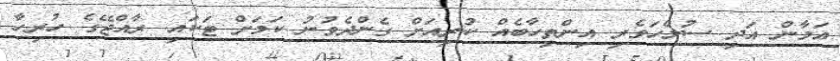
އަމާން އަދި ސުލްހަވެރި އިންތިހާބެއް ކުރިއަށް ގެންދެވުނު ކަމަށް ޓަކައި ރާއްޖޭގެ ހުރިހާ